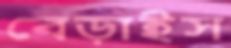
বেড়াইস